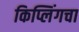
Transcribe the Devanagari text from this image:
किप्लिंगचा